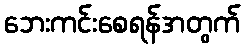
ဘေးကင်းစေရန်အတွက်